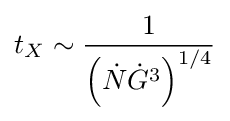
t_{X}\sim {\frac {1}{\left({\dot {N}}{\dot {G}}^{3}\right)^{1/4}}}